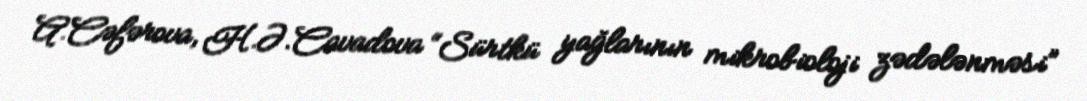
A.Cəfərova, H.Ə.Cavadova “Sürtkü yağlarının mikrobioloji zədələnməsi”